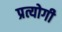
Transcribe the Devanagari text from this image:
प्रत्योगी